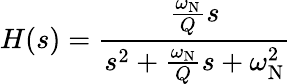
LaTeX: H(s)={\frac{{\frac{\omega_{\mathrm{N}}}{Q}}s}{s^{2}+{\frac{\omega_{\mathrm{N}}}{Q}}s+\omega_{\mathrm{N}}^{2}}}